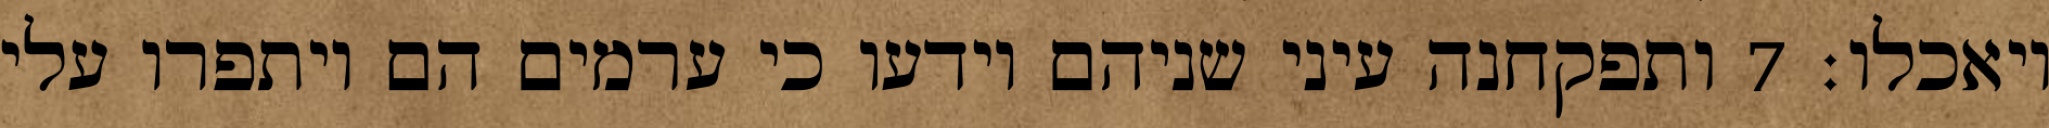
ויאכלו׃ ‎7‏ ותפקחנה עיני שניהם וידעו כי ערמים הם ויתפרו עלי